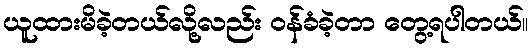
ယူထားမိခဲ့တယ်လို့လည်း ဝန်ခံခဲ့တာ တွေ့ရပါတယ်။